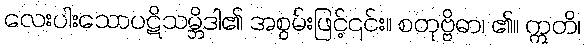
လေးပါးသောပဋိသမ္ဘိဒါ၏ အစွမ်းဖြင့်၎င်း။ စတုဗ္ဗိဓာ၊ ၏။ ဣတိ၊